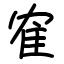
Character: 隺